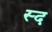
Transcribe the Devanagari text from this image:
स्द